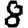
Digit: 8